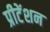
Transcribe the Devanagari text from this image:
प्रीटेंशन